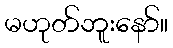
မဟုတ်ဘူးနော်။